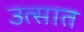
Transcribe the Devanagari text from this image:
उत्सात